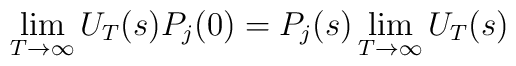
\lim_{T \to \infty} U_T (s) P_j (0) =P_j (s) \lim_{T \to \infty} U_T (s)